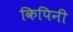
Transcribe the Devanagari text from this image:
किपिनी